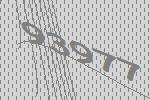
93977